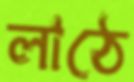
লাঠে